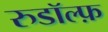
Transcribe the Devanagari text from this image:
रुडॉल्फ़